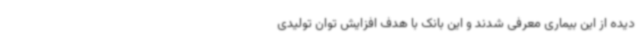
دیده از این بیماری معرفی شدند و این بانک با هدف افزایش توان تولیدی